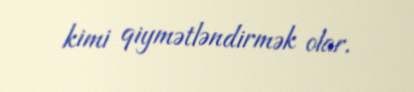
kimi qiymətləndirmək olar.